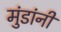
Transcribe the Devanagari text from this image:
मुंडांनी